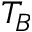
T _ { B }